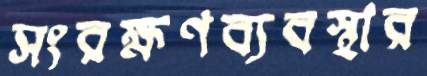
সংরক্ষণব্যবস্থার